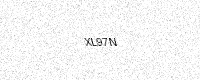
Text: XL97N